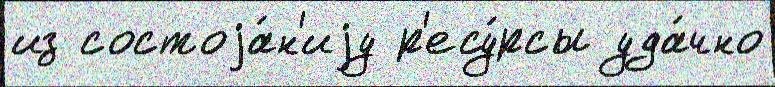
из состоjа́н'иjу р'есу́рсы уда́чно